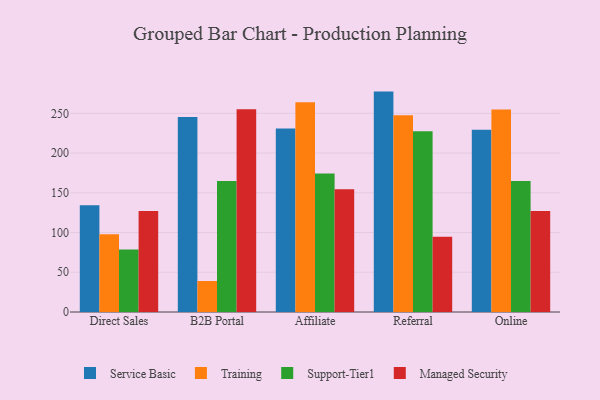
{"axis": {"x": "Channel", "y": "Temperature (°C)"}, "legend": ["Managed Security", "Service Basic", "Support-Tier1", "Training"], "data": [{"x": "Direct Sales", "y": 134.2, "type": "Service Basic"}, {"x": "Direct Sales", "y": 97.7, "type": "Training"}, {"x": "Direct Sales", "y": 78.7, "type": "Support-Tier1"}, {"x": "Direct Sales", "y": 127.1, "type": "Managed Security"}, {"x": "B2B Portal", "y": 245.3, "type": "Service Basic"}, {"x": "B2B Portal", "y": 39.0, "type": "Training"}, {"x": "B2B Portal", "y": 164.7, "type": "Support-Tier1"}, {"x": "B2B Portal", "y": 255.0, "type": "Managed Security"}, {"x": "Affiliate", "y": 230.8, "type": "Service Basic"}, {"x": "Affiliate", "y": 263.8, "type": "Training"}, {"x": "Affiliate", "y": 174.1, "type": "Support-Tier1"}, {"x": "Affiliate", "y": 154.5, "type": "Managed Security"}, {"x": "Referral", "y": 277.3, "type": "Service Basic"}, {"x": "Referral", "y": 247.6, "type": "Training"}, {"x": "Referral", "y": 227.4, "type": "Support-Tier1"}, {"x": "Referral", "y": 94.6, "type": "Managed Security"}, {"x": "Online", "y": 229.3, "type": "Service Basic"}, {"x": "Online", "y": 254.8, "type": "Training"}, {"x": "Online", "y": 164.9, "type": "Support-Tier1"}, {"x": "Online", "y": 127.2, "type": "Managed Security"}]}